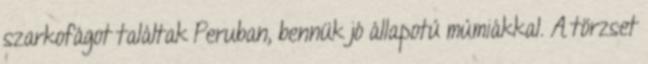
szarkofágot találtak Peruban, bennük jó állapotú múmiákkal. A törzset